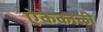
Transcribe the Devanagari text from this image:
ऐकेकाळी